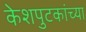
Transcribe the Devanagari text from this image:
केशपुटकांच्या